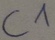
Text: C1